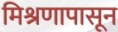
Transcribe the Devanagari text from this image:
मिश्रणापासून